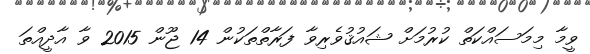
ވީމާ މިމަސައްކަތް ކުރުމަށް ޝައުޤުވެރިވާ ފަރާތްތަކުން 14 ޖޫން 2015 ވާ އާދީއްތަ